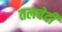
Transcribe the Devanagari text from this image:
तलवेदी